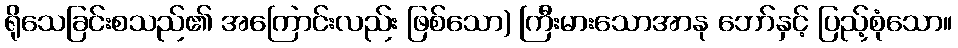
ရိုသေခြင်းစသည်၏ အကြောင်းလည်း ဖြစ်သော) ကြီးမားသောအာနု ဘော်နှင့် ပြည့်စုံသော။